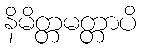
နိမိတ္တမတ္တာပိ